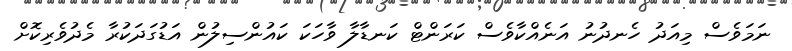
ނަމަވެސް މިއަދު ހެނދުނު އަނެއްކާވެސް ކަރަންޓް ކަނޑާލާ ވާހަކަ ކައުންސިލުން އަޑުގަދަކުރާ މެދުވެރިކޮށް